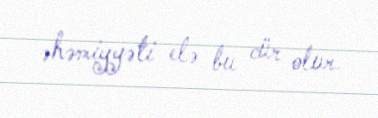
əhəmiyyəti elə bu cür olur.